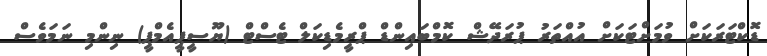
ޑޮކްޓަރަކަށް ވުމަށްޓަކަށް އުއްތަރު ޕުރަދޭޝް ކޮމްބައިންޑް ޕްރީމެޑިކަލް ޓެސްޓް (ޔޫސީޕީއެމްޕީ) ނިންމި ނަމަވެސް